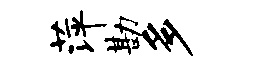
萍勘多